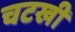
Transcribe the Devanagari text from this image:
चटखी